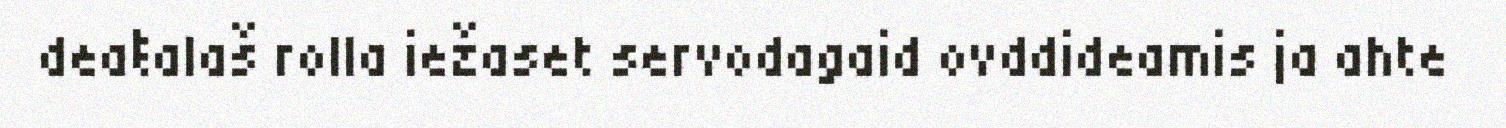
deaŧalaš rolla iežaset servodagaid ovddideamis ja ahte